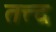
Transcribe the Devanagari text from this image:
तत्त्द